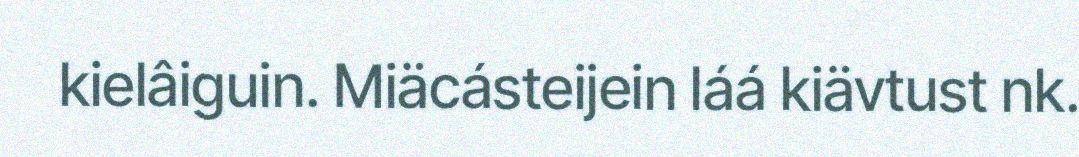
kielâiguin. Miäcásteijein láá kiävtust nk.